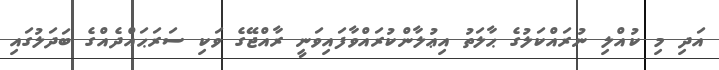
އަދި މި ކުއްލި ނުރައްކަލުގެ ޙާލަތު އިޢުލާންކުރައްވާފައިވަނީ ރާއްޖޭގެ ވަކި ސަރަޙައްދެއްގެ ބަދަލުގައި